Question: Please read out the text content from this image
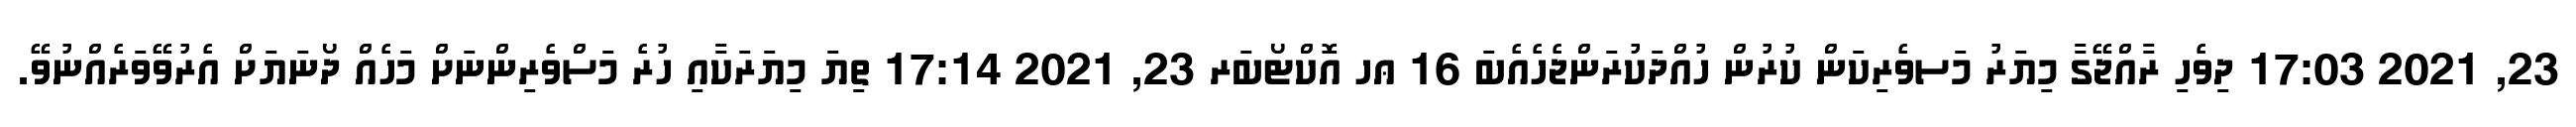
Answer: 23, 2021 17:03 ދިވެހި ރާއްޖޭގާ މިޔަރު މަސވެރިކަން ކުރުން ހުއްދަކުރަންޖެހެއެބަ 16 ޢހ އޮކްޓޯބަރ 23, 2021 17:14 ތިޔަ މިޔަރަކާއި ހުރެ މަސްވެރިންނަށް މަހެއް ދޯނަޔަށް އެރުވޭވަރެއްނުވޭ.